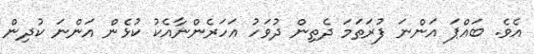
އެވެ. ބައްޕަ އަންނަ ފުރަތަމަ ދެތިން ދުވަހު އަހަރެންނާއެކު ކުޅެން އަންނަ ކުދިން